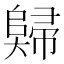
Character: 𡚖